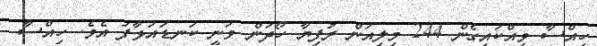
ހިއްސާ ވިއްކައިގެން 244 މިލިއަން ރުފިޔާ ހޯދަން ވަނީ ކަނޑައަޅާފަ އެވެ. ހިއްސާ